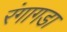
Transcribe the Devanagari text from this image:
रंगागडा